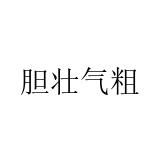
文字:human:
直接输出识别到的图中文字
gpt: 胆壮气粗